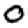
Digit: 0